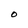
Character: O